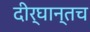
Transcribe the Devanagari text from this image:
दीर्घान्तच